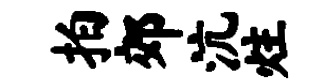
拍郊沆炷